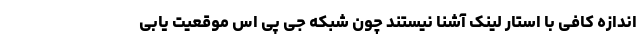
اندازه کافی با استار لینک آشنا نیستند چون شبکه جی پی اس موقعیت یابی